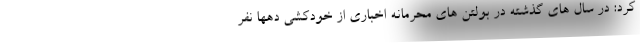
کرد: در سال های گذشته در بولتن های محرمانه اخباری از خودکشی دهها نفر